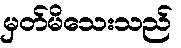
မှတ်မိသေးသည်